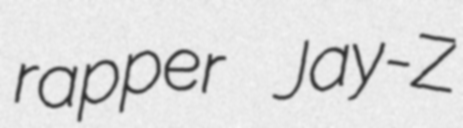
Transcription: rapper Jay-Z